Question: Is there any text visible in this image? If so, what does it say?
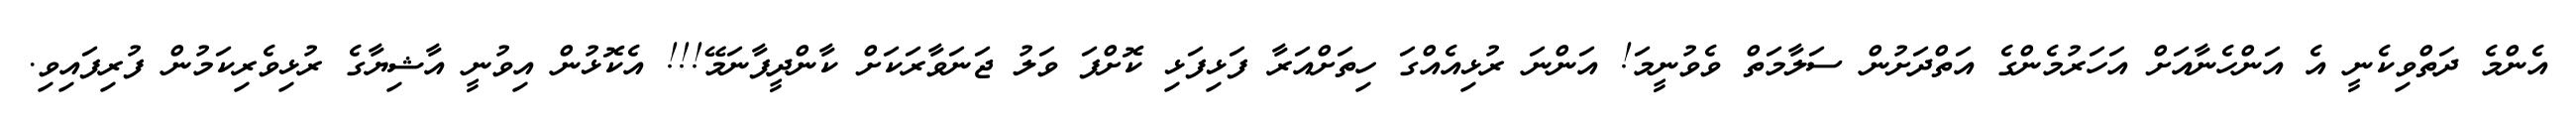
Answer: އެންމެ ދަތްވިކެނީ އެ އަންހެނާއަށް އަހަރުމެންގެ އަތްދަށުން ސަލާމަތް ވެވުނީމަ! އަންނަ ރުޅިއެއްގަ ހިތަށްއަރާ ފަޅިފަޅި ކޮށްފަ ވަލު ޖަނަވާރަކަށް ކާންދީފާނަމޭ!!! އެކޮޅުން އިވުނީ އާޝިޔާގެ ރުޅިވެރިކަމުން ފުރިފައިވި.